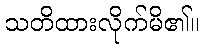
သတိထားလိုက်မိ၏။